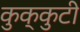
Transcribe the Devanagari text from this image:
कुक्कुटी